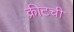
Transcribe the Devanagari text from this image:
क्रीटची